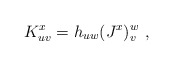
\begin{align*}K^x_{uv} = h_{uw} (J^x)^w_v\ ,\end{align*}